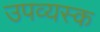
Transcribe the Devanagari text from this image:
उपव्यस्क